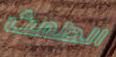
الطمث